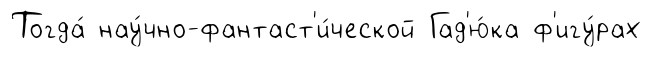
Тогда́ нау́чно-фантаст'и́ческой Гад'ю́ка ф'игу́рах